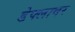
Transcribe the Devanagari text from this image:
डेफ्लावर